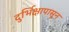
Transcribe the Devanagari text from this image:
दुर्भिक्षापासून